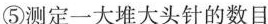
⑤测定一大堆大头针的数目